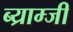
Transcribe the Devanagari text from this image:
ब्य्राम्जी